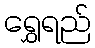
ရွှေရည်